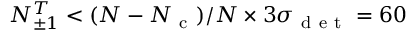
N _ { \pm 1 } ^ { T } < ( N - N _ { \mathrm { ~ c ~ } } ) / N \times 3 \sigma _ { \mathrm { ~ d ~ e ~ t ~ } } = 6 0